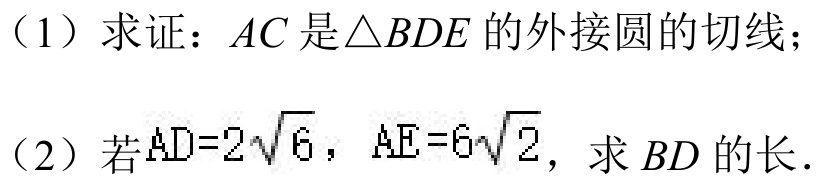
（1）求证：\(AC\)是\(\triangle BDE\)的外接圆的切线；
（2）若\(AD = 2\sqrt{6}\)，\(AE = 6\sqrt{2}\)，求\(BD\)的长．